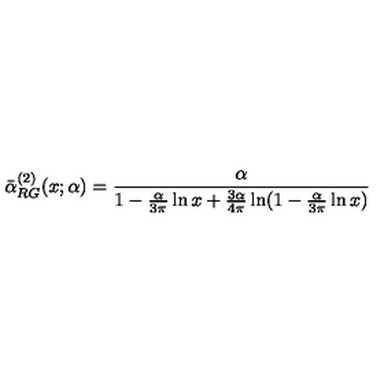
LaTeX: \bar { \alpha } _ { R G } ^ { ( 2 ) } ( x ; \alpha ) = \frac { \alpha } { 1 - \frac { \alpha } { 3 \pi } \ln x + \frac { 3 \alpha } { 4 \pi } \ln ( 1 - \frac { \alpha } { 3 \pi } \ln x ) }